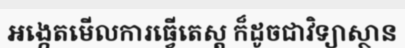
អង្កេតមើលការធ្វើតេស្ត ក៏ដូចជាវិទ្យាស្ថាន